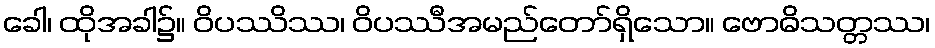
ခေါ၊ ထိုအခါ၌။ ဝိပဿိဿ၊ ဝိပဿီအမည်တော်ရှိသော။ ဗောဓိသတ္တဿ၊